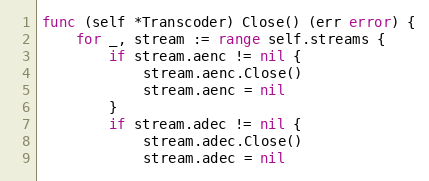
Language: Go
func (self *Transcoder) Close() (err error) {
	for _, stream := range self.streams {
		if stream.aenc != nil {
			stream.aenc.Close()
			stream.aenc = nil
		}
		if stream.adec != nil {
			stream.adec.Close()
			stream.adec = nil